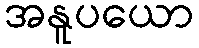
အနူပယော